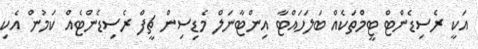
އަކީ ރެސިޑެންޓް ޓީމްތަކެއް ބަލަހައްޓާ އިންޓާނަލް މެޑިސިން ޗީފް ރެސިޑެންޓެއް ކަމުން އެކި